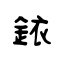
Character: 銥